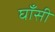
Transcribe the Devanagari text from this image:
घाँसी